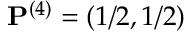
\mathbf { P } ^ { ( 4 ) } = ( 1 / 2 , 1 / 2 )